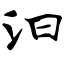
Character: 汩